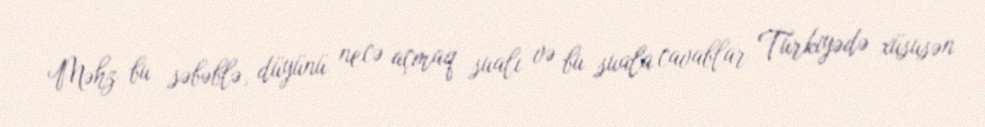
Məhz bu səbəblə, düyünü necə açmaq sualı və bu suala cavablar Türkiyədə xüsusən